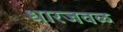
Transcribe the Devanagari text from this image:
धारजवळ